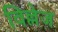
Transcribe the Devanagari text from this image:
विल्लेज